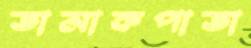
তামাকপাতা